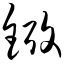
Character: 铐